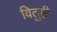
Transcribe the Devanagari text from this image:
वितुष्टी